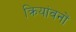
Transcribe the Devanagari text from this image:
क्रियांवनों